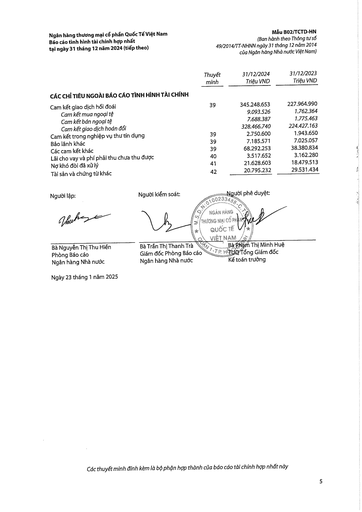
||Thuyết minh|31/12/2024 Triệu VND|31/12/2023 Triệu VND| |---|---|---|---| |CÁC CHỈ TIÊU NGOÀI BÁO CÁO TÌNH HÌNH TÀI CHÍNH|||| |Cam kết giao dịch hối đoái|39|345.248.653|227.964.990| |Cam kết mua ngoại tệ||9.093.526|1.762.364| |Cam kết bán ngoại tệ||7.688.387|1.775.463| |Cam kết giao dịch hoán đổi||328.466.740|224.427.163| |Cam kết trong nghiệp vụ thư tín dụng|39|2.750.600|1.943.650| |Bảo lãnh khác|39|7.185.571|7.025.057| |Các cam kết khác|39|68.292.253|38.380.834| |Lãi cho vay và phí phải thu chưa thu đủ|40|3.517.652|3.162.280| |Nợ khó đòi đã xử lý|41|21.628.603|18.479.513| |Tài sản và chứng từ khác|42|20.795.232|29.531.434|